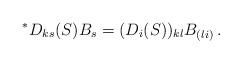
LaTeX: \begin{align*}{}^\ast D_{ks}(S) B_s = (D_i(S))_{kl}B_{(li)}\,.\end{align*}